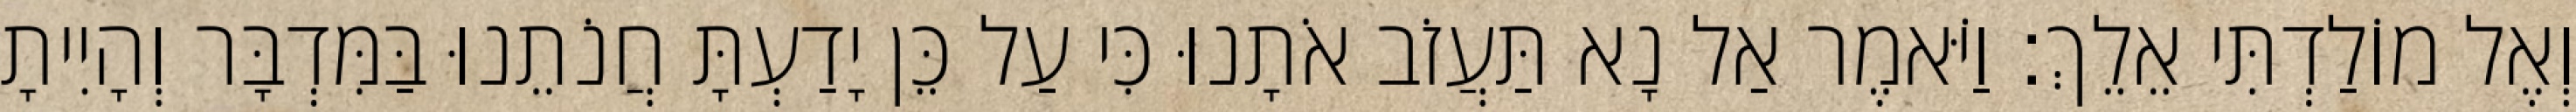
וְאֶל מוֹלַדְתִּי אֵלֵךְ׃ וַיֹּאמֶר אַל נָא תַּעֲזֹב אֹתָנוּ כִּי עַל כֵּן יָדַעְתָּ חֲנֹתֵנוּ בַּמִּדְבָּר וְהָיִיתָ